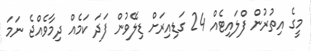
މީގެ އިތުރުން ފްލައިޓެއް 24 ގަޑިއިރަށް ޑިލޭވުން ފަދަ ކަމެއް ދިމާވެއްޖެ ނަމަ